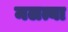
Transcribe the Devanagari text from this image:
मलत्या